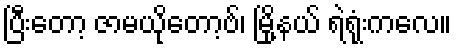
ပြီးတော့ ဇာမယိုတော့ဗ်၊ မြို့နယ် ရဲရုံးကလေ။